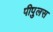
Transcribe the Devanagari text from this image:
पीपुलस